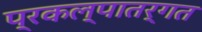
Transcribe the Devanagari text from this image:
प्रकल्पातर्गत